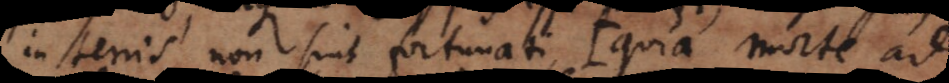
in terris non sint fortunati (quia morte ad